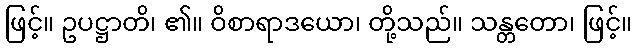
ဖြင့်။ ဥပဋ္ဌာတိ၊ ၏။ ဝိစာရာဒယော၊ တို့သည်။ သန္တတော၊ ဖြင့်။